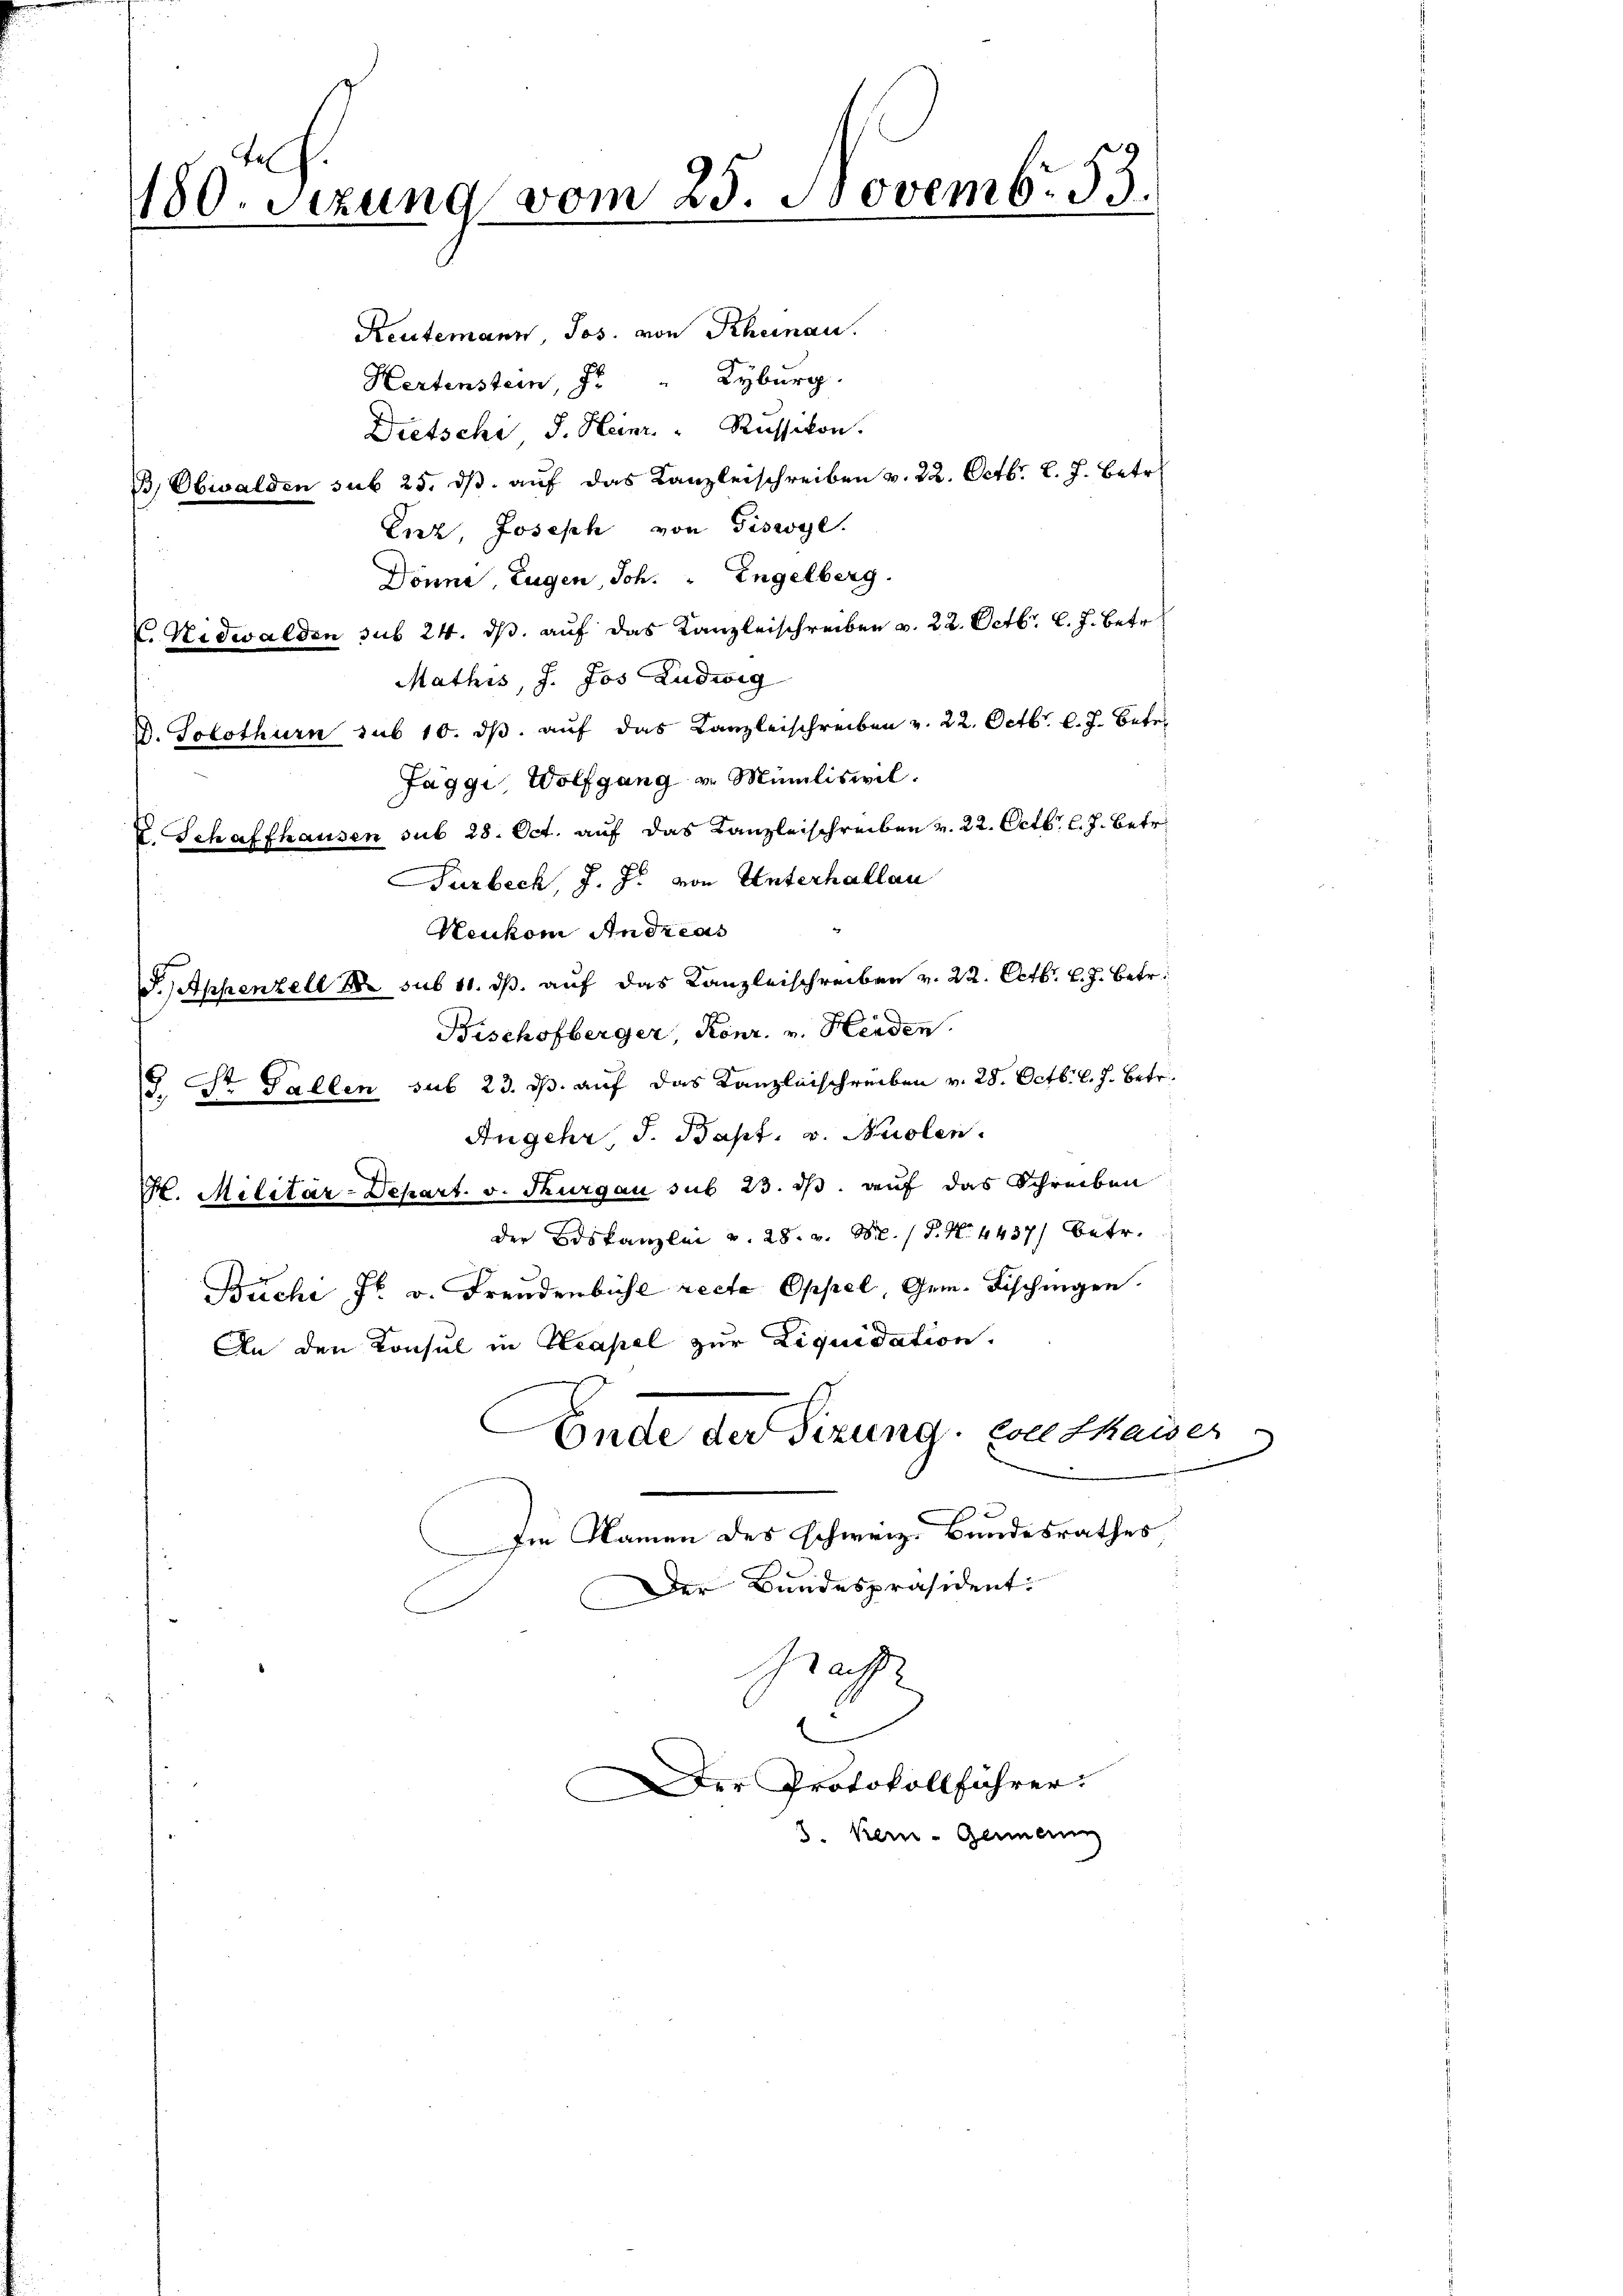
180. Sitzung vom 25. Novemb. 53.

Reutemann, Jos. von Rheinau.
Hertenstein, z. " Kyburg.
Dietsche, S. Heinr. Russikon.
B, Obwalden sub 25. ds. auf das Kanzleischreiben v. 22. Octbr. l. J. Betr
Eiz, Joseph von Tiswoge.
Dönne, Eugen, Joh. Engelberg.
K. Nidwalden sub 24. ds. auf das Kanzleischreiben v. 22. Octbr. l. J. betr
Mathis, J. Jos Ludwig
D. Solothurn sub 10. dβ aŭf das Kanzleischreiben v. 22. Octbr. l. J. Betr.
Jaggi, Wolfgang u. Miniliswil.
V. Schaffhausen sub 28. Oct. auf das Kanzleischreiben v. 22. Octbr. l. J. betr.
Surbeck, J. J. von Unterhallau
Heuhen Andreas
P. Appenzell 18 sub 11. ds. auf das Kanzleischreiben v. 22. Octbr. l. J. betr.
Bischofberger, Konr. v. Heiden
J. Dr Fallen sub 23. ds. auf das Kanzleischreiben v. 28. Octbr. l. J. betr.
Angehr J. Bapt. v. Kuolen.
V. Militär-Depart. v. Thurgau sub 23. ds. auf das Schreiben
der Biskanzlei v. 28. v. M. P. N. 4437) betr.
Büche Fr. v. Freudenbühl recte Oppel, Gem. Fischingen.
An den Konsul in Neapel zur Liquidation.
Ende der Sizung von Chaiser
.
Im Namen des schweiz. Bundesrathes
Der Bandespräsident:
Grasse
e
Der Protokollführer.
3. Kein - Gemein